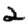
Digit: 2